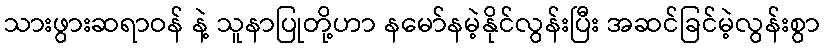
သားဖွားဆရာဝန် နဲ့ သူနာပြုတို့ဟာ နမော်နမဲ့နိုင်လွန်းပြီး အဆင်ခြင်မဲ့လွန်းစွာ